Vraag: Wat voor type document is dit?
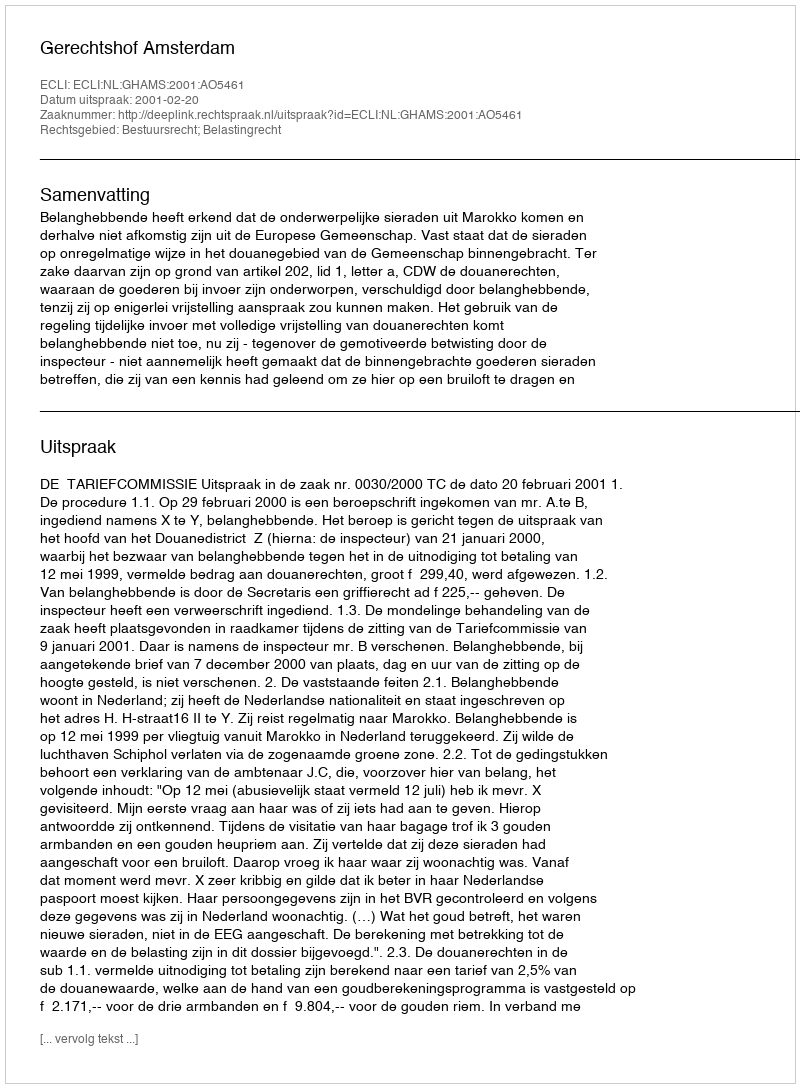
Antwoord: Uitspraak